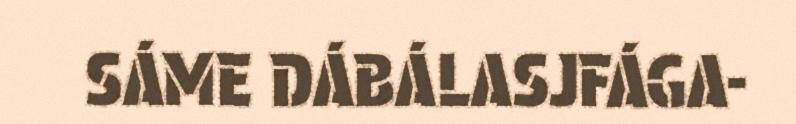
SÁME DÁBÁLASJFÁGA-